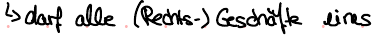
-> darf alle (Rechts-) Geschäfte eines